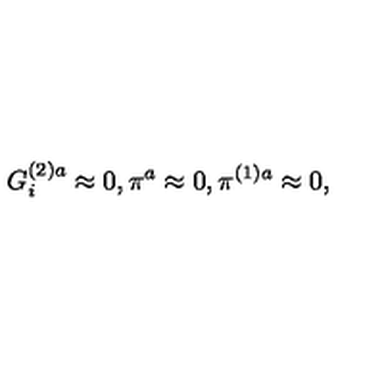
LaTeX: G _ { i } ^ { ( 2 ) a } \approx 0 , \pi ^ { a } \approx 0 , \pi ^ { ( 1 ) a } \approx 0 ,